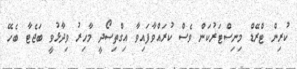
ކުރިން ޓްރޭޑް މިނިސްޓަރުކަން ވެސް ކުރައްވާފައިވާ އިގްތިސޯދީ މާހިރު ވިދާޅުވީ ބަޖެޓާ ބެހޭ